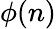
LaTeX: \phi(n)